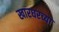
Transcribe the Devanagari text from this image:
खारघरच्या